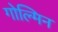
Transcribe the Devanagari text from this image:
गोल्मिन